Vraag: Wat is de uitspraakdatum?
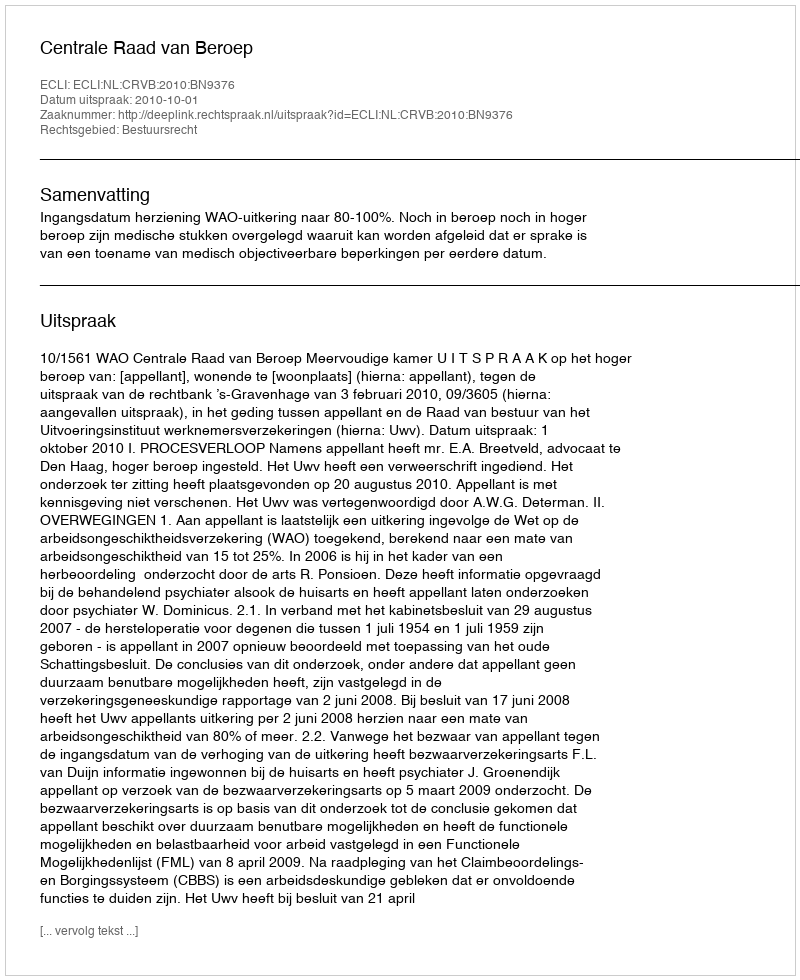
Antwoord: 2010-10-01